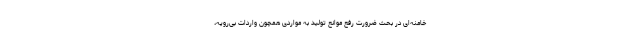
خامنه‌ای در بحث ضرورت رفع موانع تولید به مواردی همچون واردات بی‌رویه،